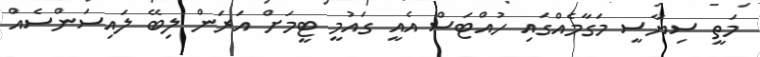
މަތީ ސިޔާސީ މަގާމެއްގައި ހުއްޓަސް އެއީ ގައުމީ ޓީމަށް އަރަން ލިބޭ ލައިސަންސެއް